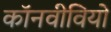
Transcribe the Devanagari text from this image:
कॉनवीवियो